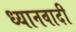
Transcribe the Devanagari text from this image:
ध्यानवादी